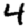
Digit: 4